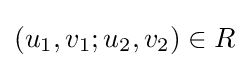
(u_{1},v_{1};u_{2},v_{2})\in R